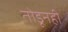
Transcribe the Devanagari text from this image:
तोडूनही